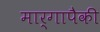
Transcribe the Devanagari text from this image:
मार्गापैकी